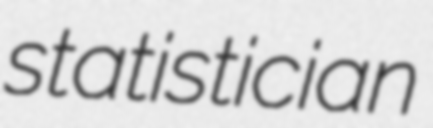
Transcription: statistician